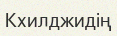
Кхилджидің